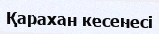
Қарахан кесенесі